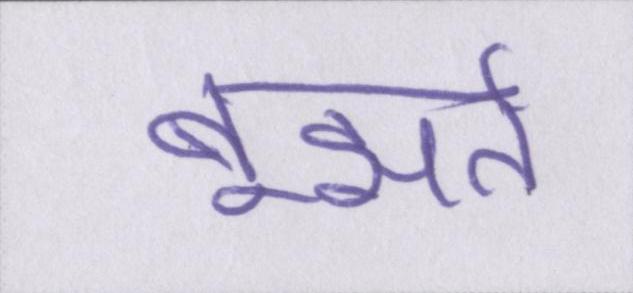
बूझते